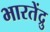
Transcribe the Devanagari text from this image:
भारतेंद्रु